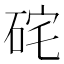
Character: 𥒈